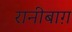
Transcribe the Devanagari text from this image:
रानीबाग़